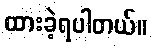
ထားခဲ့ရပါတယ်။